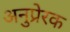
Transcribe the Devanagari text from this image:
अनुप्रेरक